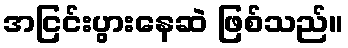
အငြင်းပွားနေဆဲ ဖြစ်သည်။